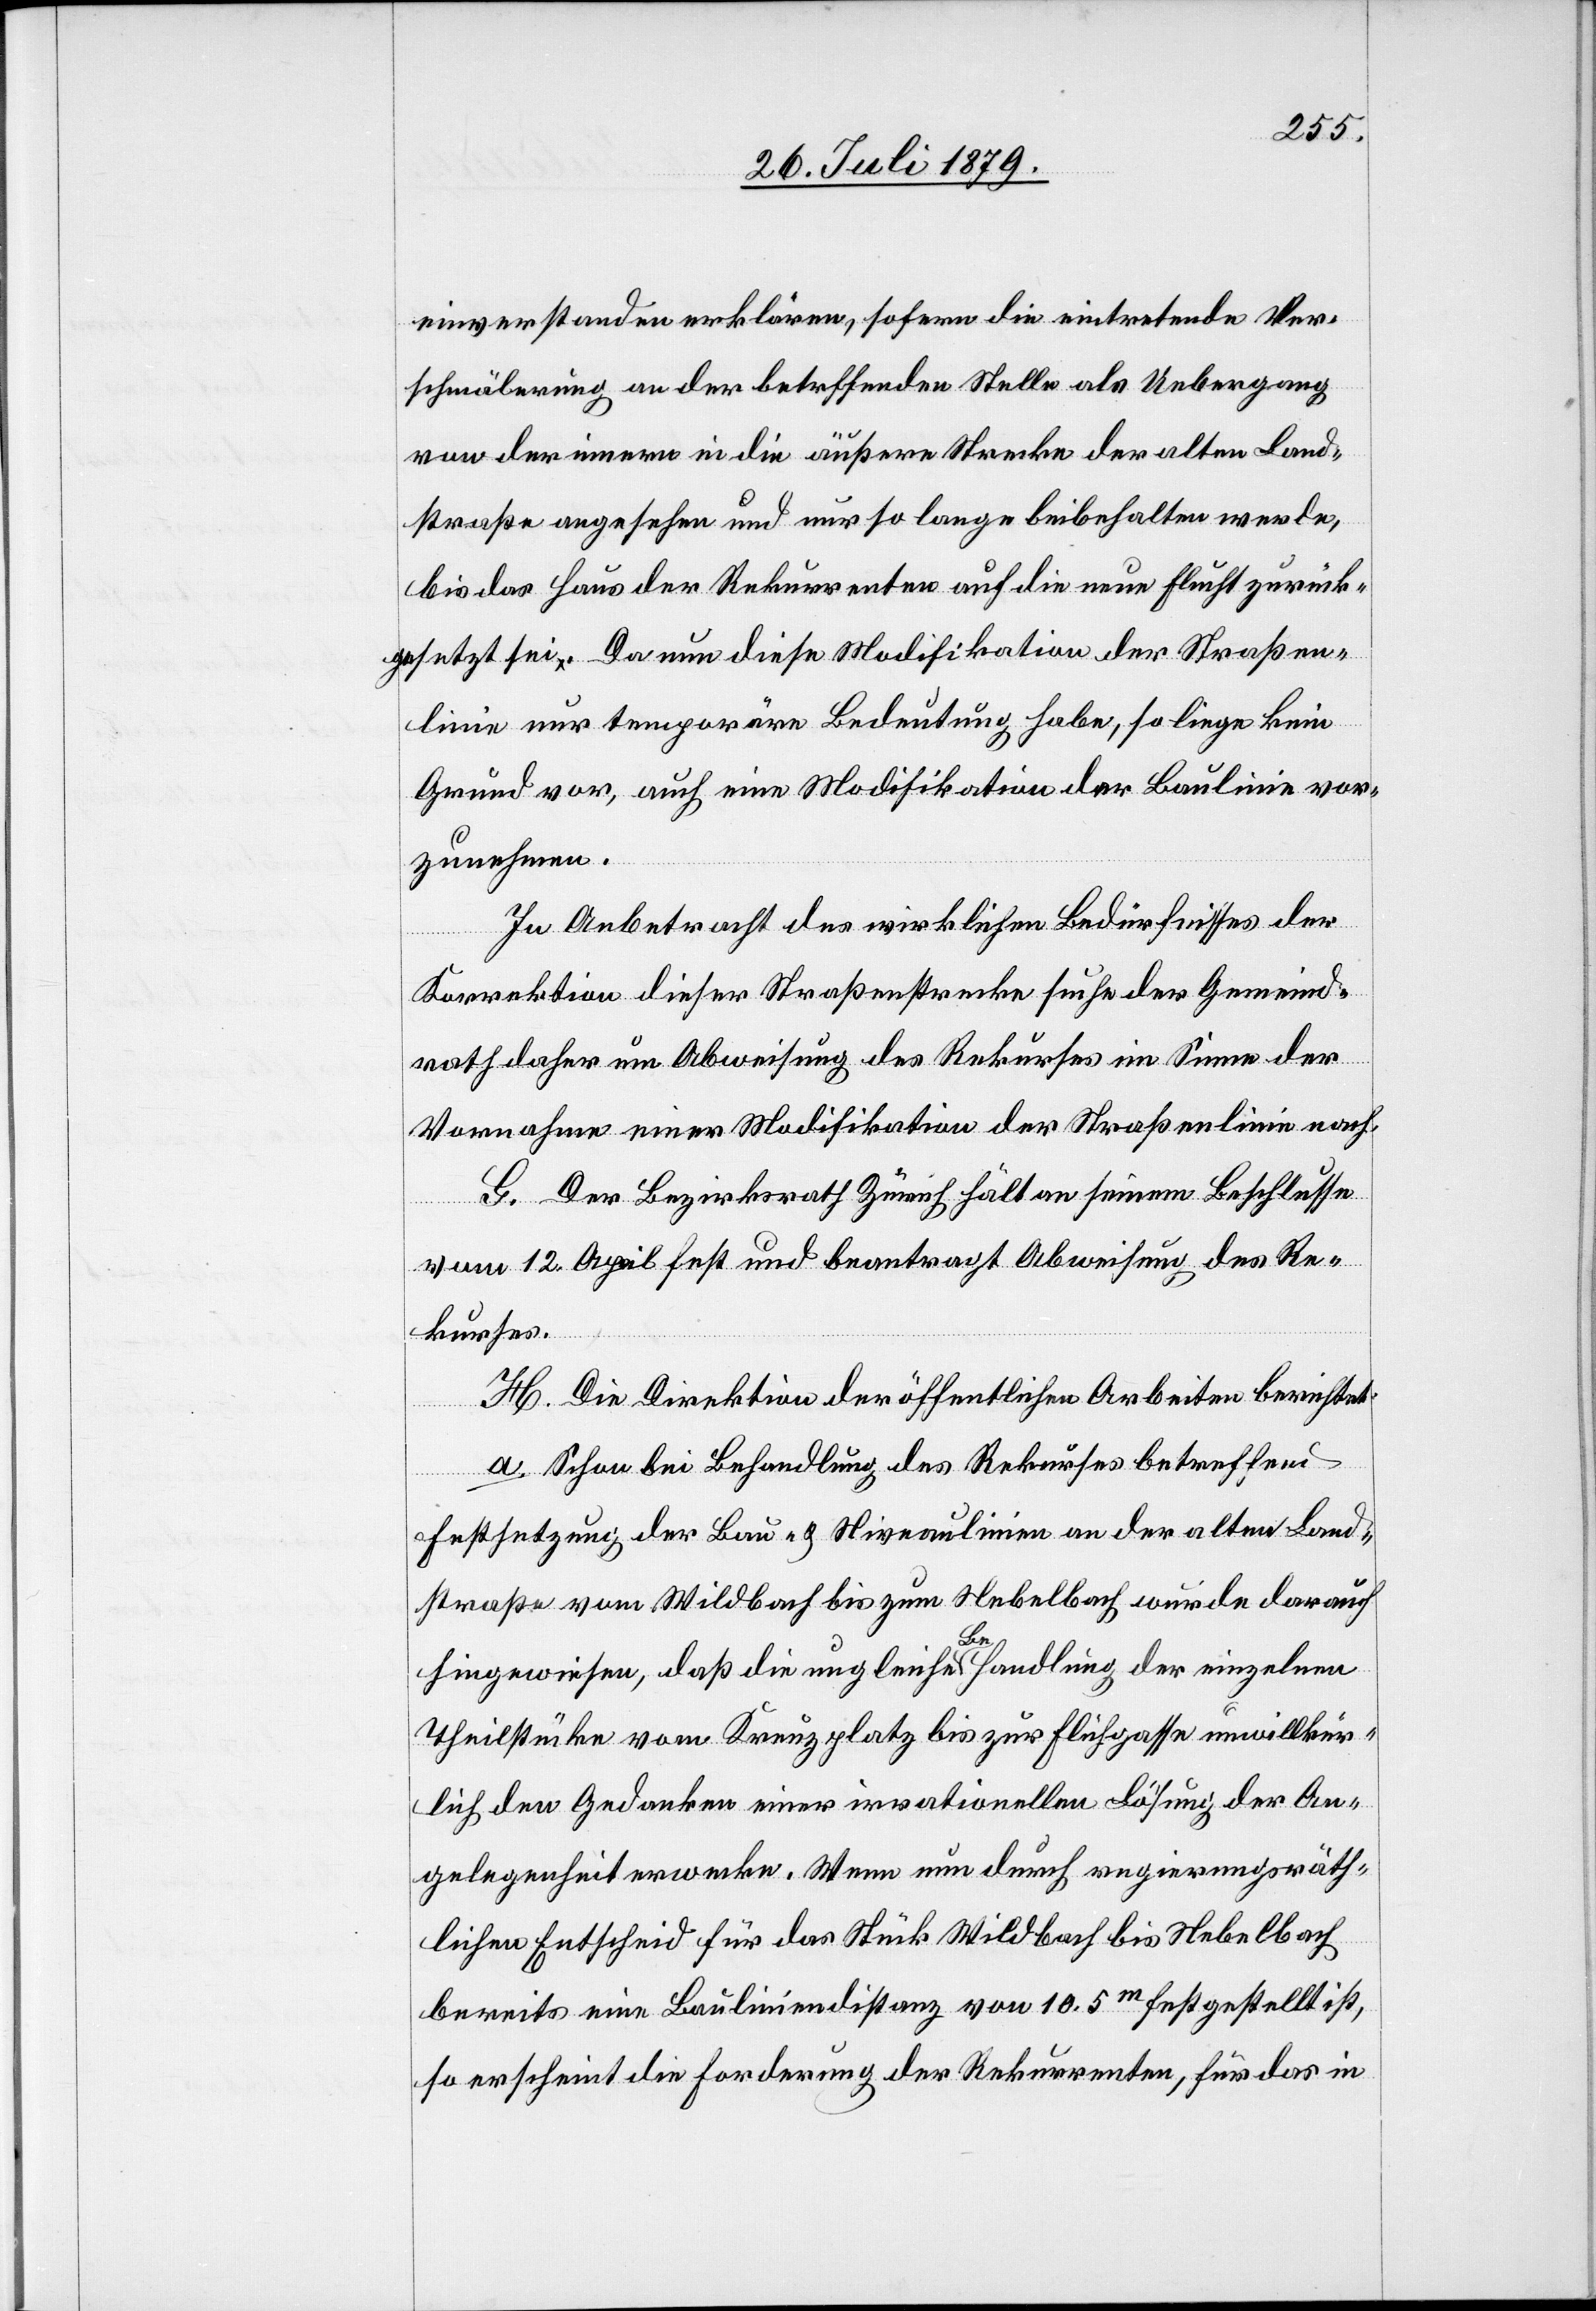
einverstanden erklären, sofern die eintretende Ver¬
schmälerung an der betreffenden Stelle als Uebergang
von der innern in die äußere Strecke der alten Land¬
straße angesehen und nur so lange beibehalten werden,
bis das Haus der Rekurrenten auf die neue Flucht zurück¬
gesetzt sei. Da nun diese Modifikation der Straßen¬
linie nur temporäre Bedeutung habe, so liege kein
Grund vor, auch eine Modifikation der Baulinie vor¬
zunehmen.
In Anbetracht des wirklichen Bedürfnisses der
Korrektion dieser Straßenstrecke suche der Gemeind¬
rath daher um Abweisung des Rekurses im Sinne der
Vornahme einer Modifikation der Straßenlinie nach.
G. Der Bezirksrath Zürich hält an seinem Beschlusse
vom 12. April fest und beantragt Abweisung des Re¬
kurses.
H. Die Direktion der öffentlichen Arbeiten berichtet:
a. Schon bei Behandlung des Rekurses betreffend
Festsetzung der Bau- & Niveaulinien an der alten Land¬
straße vom Wildbach bis zum Nebelbach wurde darauf
hingewiesen, daß die ungleiche Behandlung der einzelnen
Theilstücke vom Kreuzplatz bis zur Flühgasse unwillkür¬
lich den Gedanken einer irrationellen Lösung der An¬
gelegenheit erwecke. Wenn nun durch regierungsräth¬
lichen Entscheid für das Stück Wildbach bis Nebelbach
bereits eine Bauliniendistanz von 10.5m festgestellt ist,
so erscheint die Forderung der Rekurrenten, für das in